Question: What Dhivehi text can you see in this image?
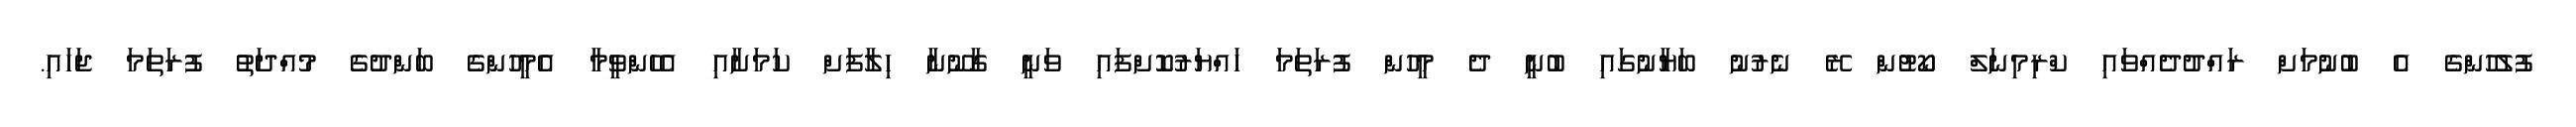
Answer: ފުލުހުންގެ އެ ބުނުމަށް ރައްދުދެއްވައި ކްރިމިނަލް ކޯޓުން ރޭ ނެރުނު ބަޔާނުގައި ބުނީ ދެ މީހުން ފުރަތަމަ ހައްޔަރުކޮށްފައި ވަނީ ގާނޫނާ ހިލާފަށް ކަމަށާއި އެހެންވީމާ އެމީހުންގެ ބަންދުގެ މުއްދަތު ފުރަތަމަ ޖަހައި.